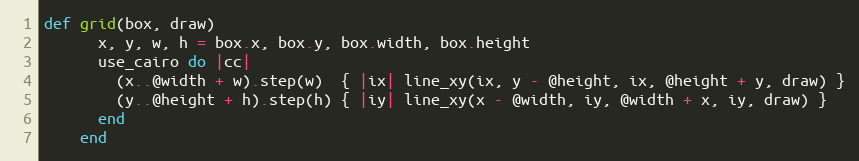
Language: Ruby
def grid(box, draw)
      x, y, w, h = box.x, box.y, box.width, box.height
      use_cairo do |cc|
        (x..@width + w).step(w)  { |ix| line_xy(ix, y - @height, ix, @height + y, draw) }
        (y..@height + h).step(h) { |iy| line_xy(x - @width, iy, @width + x, iy, draw) }
      end
    end